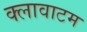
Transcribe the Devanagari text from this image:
क्लावाटम